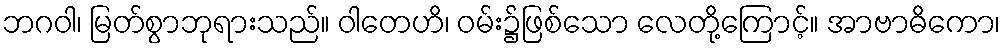
ဘဂဝါ၊ မြတ်စွာဘုရားသည်။ ဝါတေဟိ၊ ဝမ်း၌ဖြစ်သော လေတို့ကြောင့်။ အာဗာဓိကော၊